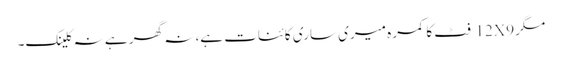
مگر 12X9 فٹ کا کمرہ میری ساری کائنات ہے، نہ گھر ہے نہ کلینک۔